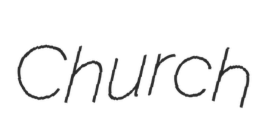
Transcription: Church